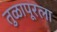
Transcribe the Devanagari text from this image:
तुळापूरला